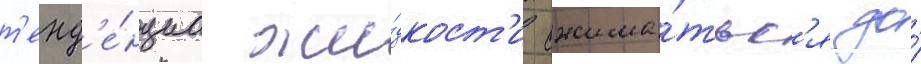
т'енд'е́нциа жи́дкост'и сжима́тьс'я до́